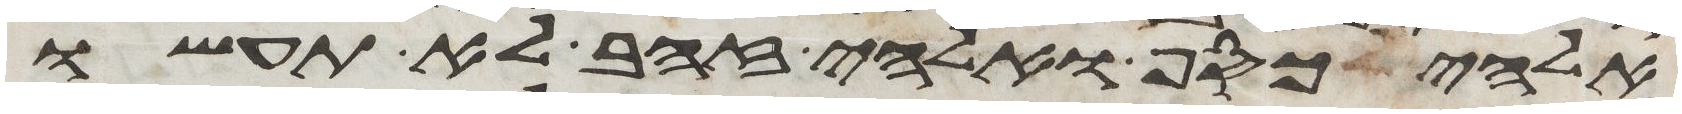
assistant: אלהי כסף ואלהי זהב לא תעשו